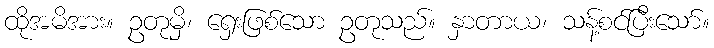
ထိုအမိအား။ ဥတုမှိ၊ ရှေးဖြစ်သော ဥတုသည်။ နှာတာယ၊ သန့်စင်ပြီးသော်။